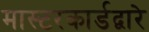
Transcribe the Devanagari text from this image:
मास्टरकार्डद्वारे